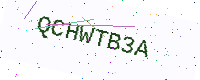
Text: QCHWTB3A